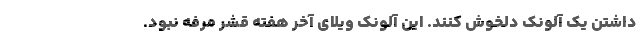
داشتن یک آلونک دلخوش کنند. این آلونک ویلای آخر هفته قشر مرفه نبود.